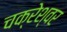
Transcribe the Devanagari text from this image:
चक्रेश्वर